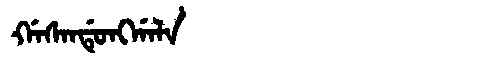
Manchu: ᡤᠠᠰᠠᠨᡩᡠᠩᡤᠠᠯᠠ
Romanization: GASANDUNGGALA